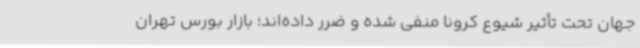
جهان تحت تأثیر شیوع کرونا منفی شده و ضرر داده‌اند؛ بازار بورس تهران